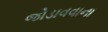
જોડાવવાના